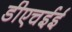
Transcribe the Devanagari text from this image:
डीएचईई